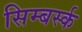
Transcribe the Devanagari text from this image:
सिम्बर्स्क